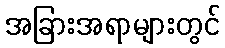
အခြားအရာများတွင်